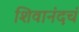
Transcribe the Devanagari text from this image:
शिवानंदचं